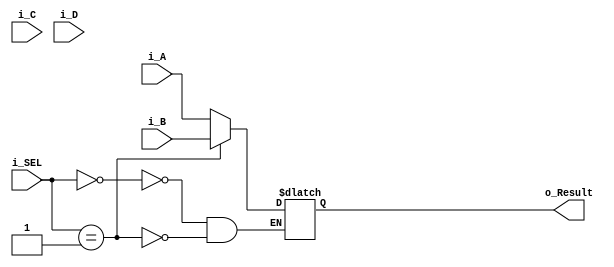
module mux_4_1#(
        parameter WIDTH = 32
    )
    (
        input [1:0] i_SEL,
        input [WIDTH-1:0] i_A,
        input [WIDTH-1:0] i_B,
        input [WIDTH-1:0] i_C,
        input [WIDTH-1:0] i_D,
        output reg [WIDTH-1:0] o_Result
    );
    
    always @ (*) begin
        case (i_SEL)
            1'b00 : o_Result <= i_A;
            1'b01 : o_Result <= i_B;
            1'b10 : o_Result <= i_C;
            1'b11 : o_Result <= i_D;
        endcase
    end
    
endmodule